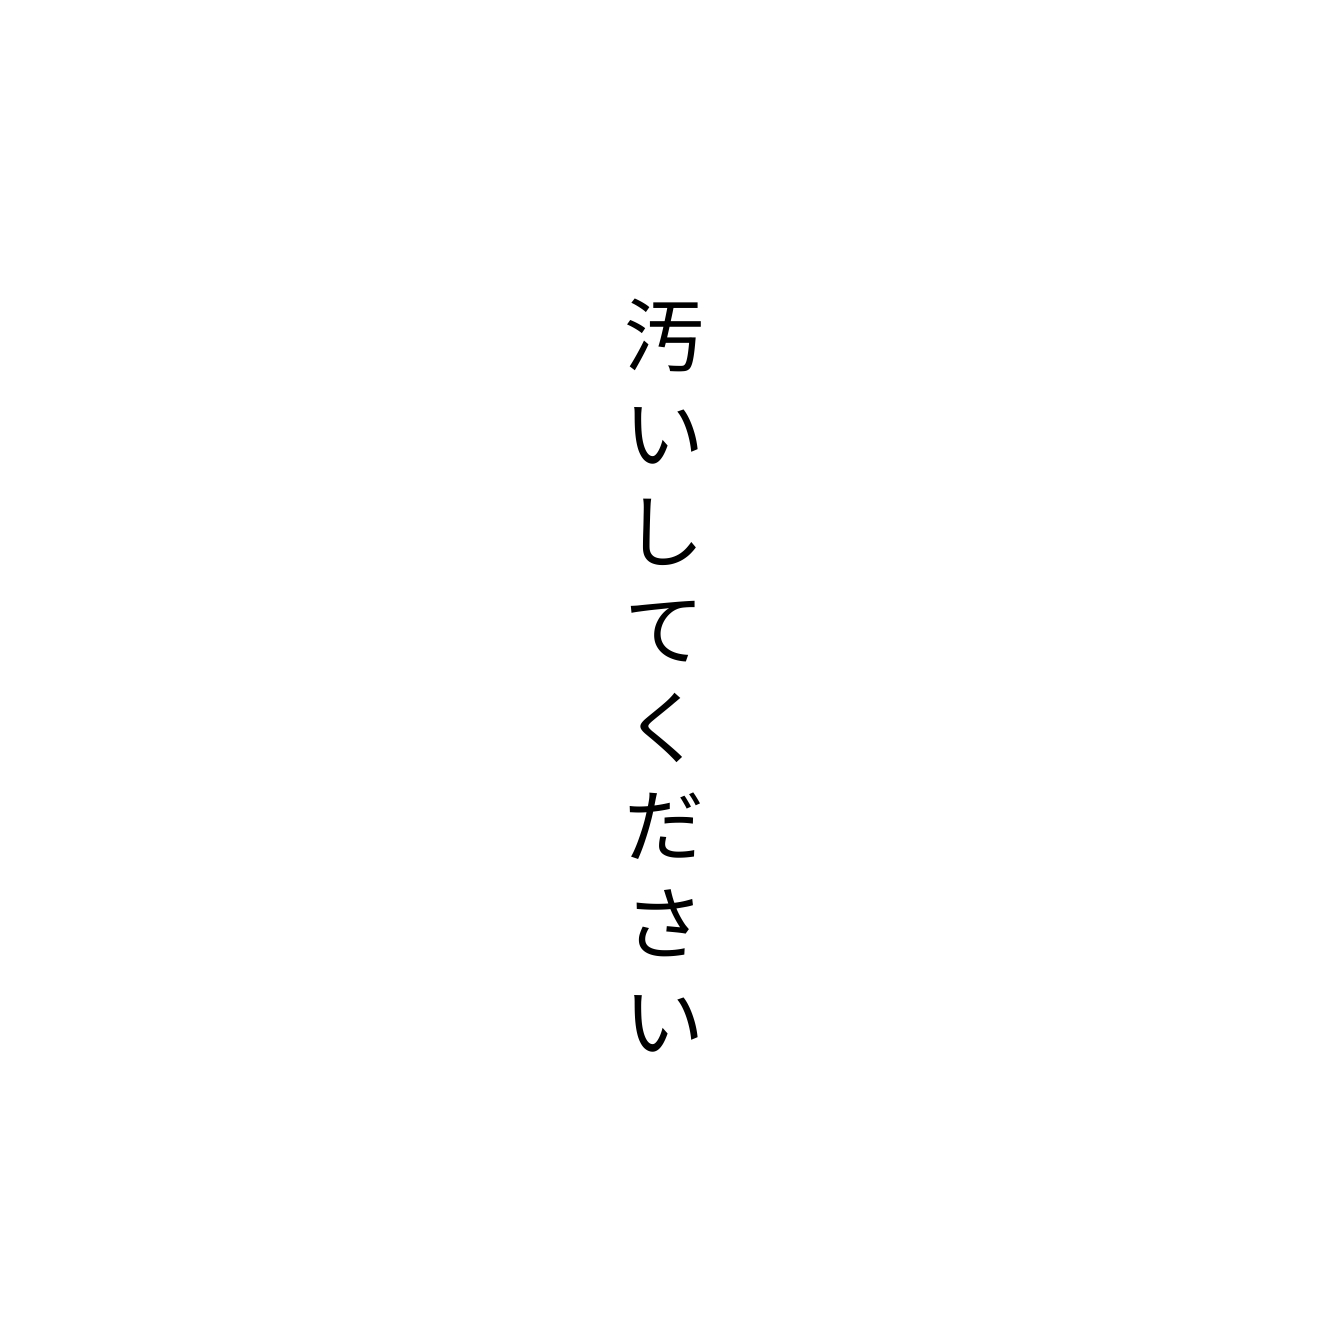
汚いしてください